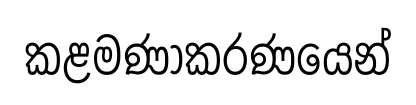
කළමණාකරණයෙන්